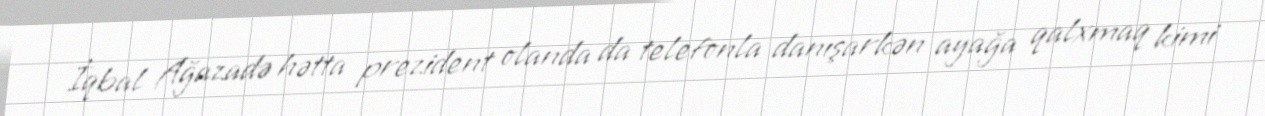
İqbal Ağazadə hətta prezident olanda da telefonla danışarkən ayağa qalxmaq kimi